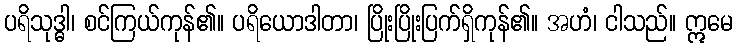
ပရိသုဒ္ဓါ၊ စင်ကြယ်ကုန်၏။ ပရိယောဒါတာ၊ ပြိုးပြိုးပြက်ရှိကုန်၏။ အဟံ၊ ငါသည်။ ဣမေ